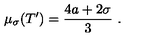
\mu _ { \sigma } ( T ^ { \prime } ) = \frac { 4 a + 2 \sigma } { 3 } \ .